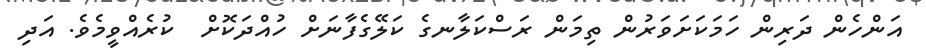
އަންހެން ދަރިން ހަމަކަށަވަރުން ތިމަން ރަސްކަލާނގެ ކަލޭގެފާނަށް ހުއްދަކޮށް  ކުރެއްވީމެވެ. އަދި